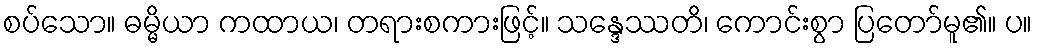
စပ်သော။ ဓမ္မိယာ ကထာယ၊ တရားစကားဖြင့်။ သန္ဒေဿတိ၊ ကောင်းစွာ ပြတော်မူ၏။ ပ။